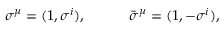
\sigma ^ { \mu } = ( 1 , \sigma ^ { i } ) , \quad \quad \quad \bar { \sigma } ^ { \mu } = ( 1 , - \sigma ^ { i } ) ,